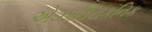
એઝાડિરાકનિક